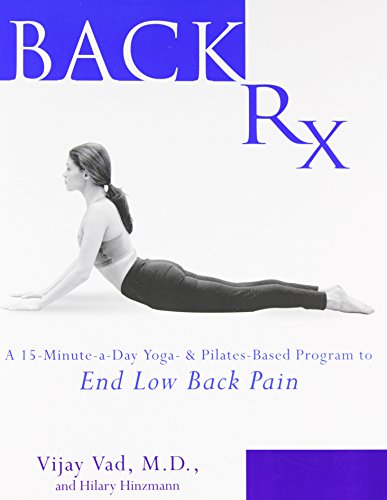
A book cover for Back RX: A 15-Minute-a-Day Yoga- and Pilates-Based Program to End Low Back Pain; Vijay Vad; Medical Books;